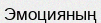
Эмоцияның